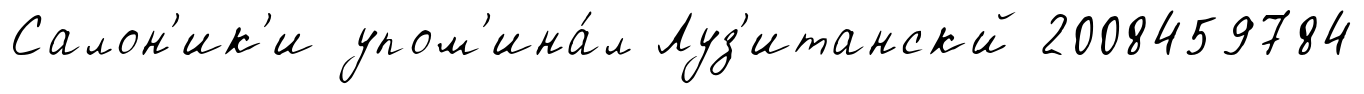
Салон'ик'и упом'ина́л Луз'итанскй 2008459784